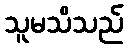
သူမသိသည်